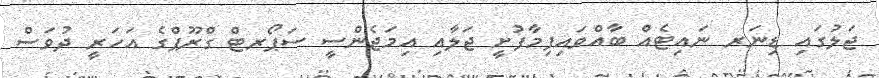
ޖަލުގައި ޑިނަރ ނައިޓެއް ބާއްވައިފިމާފުށީ ޖަލާއި އިމަޖެންސީ ސަޕޯރޓް ގްރޫޕްގެ އަހަރީ ދުވަސް